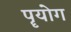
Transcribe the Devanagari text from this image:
पॄयोग